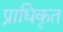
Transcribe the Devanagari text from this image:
प्राधिकृत